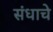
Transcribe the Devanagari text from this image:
संधाचे